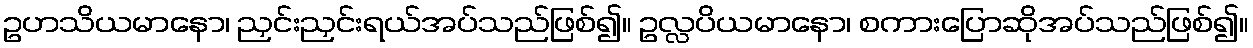
ဥဟသိယမာနော၊ ညှင်းညှင်းရယ်အပ်သည်ဖြစ်၍။ ဥလ္လပိယမာနော၊ စကားပြောဆိုအပ်သည်ဖြစ်၍။